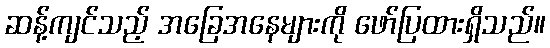
ဆန့်ကျင်သည့် အခြေအနေများကို ဖော်ပြထားရှိသည်။